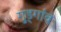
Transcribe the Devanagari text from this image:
गुड्गांव